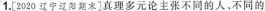
1.[2020辽宁辽阳期]真理多元论主张不同的人，不同的